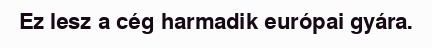
Ez lesz a cég harmadik európai gyára.